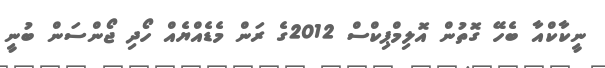
ނީކާކްއާ ބެހޭ ގޮތުން އޮލިމްޕިކްސް 2012ގެ ރަން މެޑެއްޔެއް ހޯދި ޖޯންސަން ބުނީ